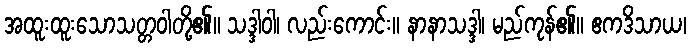
အထူးထူးသောသတ္တဝါတို့၏။ သဒ္ဒါဝါ၊ လည်းကောင်း။ နာနာသဒ္ဒါ၊ မည်ကုန်၏။ ဧကဒိသာယ၊